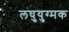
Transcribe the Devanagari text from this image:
लघुयुग्मक